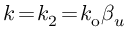
k \! = \! k _ { 2 } \! = \! k _ { \mathrm { o } } \beta _ { u }